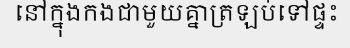
នៅក្នុងកងជាមួយគ្នាត្រឡប់ទៅផ្ទះ